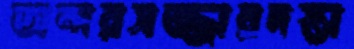
অন্দরসজ্জায়দস্তা